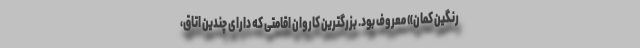
رنگین کمان» معروف بود. بزرگترین کاروان اقامتی که دارای چندین اتاق،